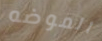
الموضه